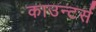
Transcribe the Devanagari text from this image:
काउन्टर्स